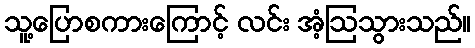
သူ့ပြောစကားကြောင့် လင်း အံ့ဩသွားသည်။